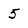
Character: 5